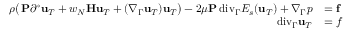
\begin{array} { r l } { \rho \big ( \, \mathbf P \partial ^ { \circ } \mathbf u _ { T } + w _ { N } \mathbf H \mathbf u _ { T } + ( \nabla _ { \Gamma } \mathbf u _ { T } ) \mathbf u _ { T } \big ) - 2 \mu \mathbf P { \mathop { \, \mathrm { d i v } } } _ { \Gamma } E _ { s } ( \mathbf u _ { T } ) + \nabla _ { \Gamma } p } & { = \mathbf f } \\ { { \mathop { \, \mathrm { d i v } } } _ { \Gamma } \mathbf u _ { T } } & { = f } \end{array}